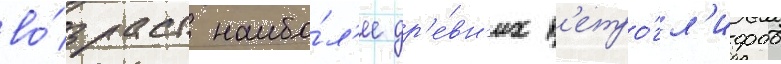
во́зраст наибо́л'ее др'е́вн'их п'етро́гл'ифов